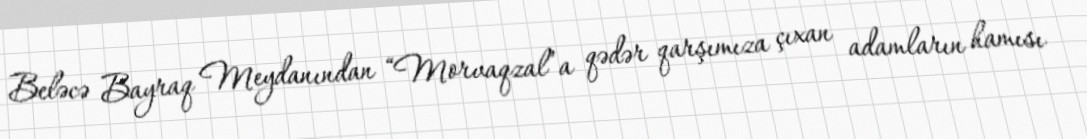
Beləcə Bayraq Meydanından “Morvaqzal”a qədər qarşımıza çıxan adamların hamısı